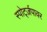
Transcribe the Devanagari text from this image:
स्पोर्ट्ज़पावर